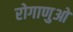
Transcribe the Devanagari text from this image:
रोगाणुओ